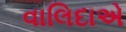
વાલિદાએ